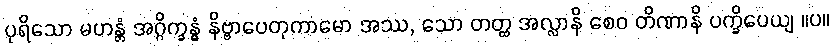
ပုရိသော မဟန္တံ အဂ္ဂိက္ခန္ဓံ နိဗ္ဗာပေတုကာမော အဿ, သော တတ္ထ အလ္လာနိ စေဝ တိဏာနိ ပက္ခိပေယျ ။ပ။